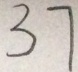
3 7